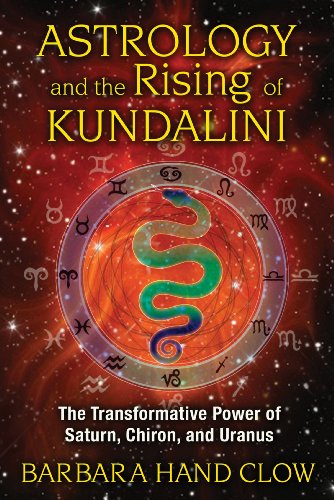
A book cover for Astrology and the Rising of Kundalini: The Transformative Power of Saturn, Chiron, and Uranus; Barbara Hand Clow; Religion & Spirituality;